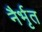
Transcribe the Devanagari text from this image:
नैर्भृत